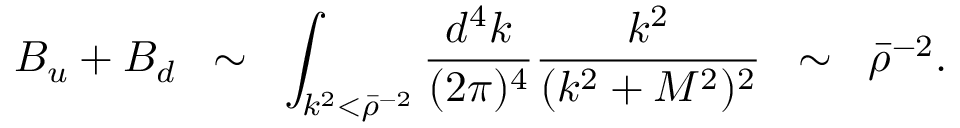
B _ { u } + B _ { d } \; \; \sim \; \; \int _ { k ^ { 2 } < \bar { \rho } ^ { - 2 } } \frac { d ^ { 4 } k } { ( 2 \pi ) ^ { 4 } } \frac { k ^ { 2 } } { ( k ^ { 2 } + M ^ { 2 } ) ^ { 2 } } \; \; \sim \; \; \bar { \rho } ^ { - 2 } .